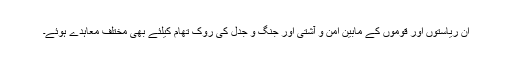
ان ریاستوں اور قوموں کے مابین امن و آشتی اور جنگ و جدل کی روک تھام کیلئے بھی مختلف معاہدے ہوئے۔